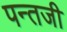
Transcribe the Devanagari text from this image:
पन्तजी